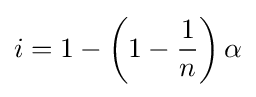
i=1-\left(1-{\frac {1}{n}}\right)\alpha